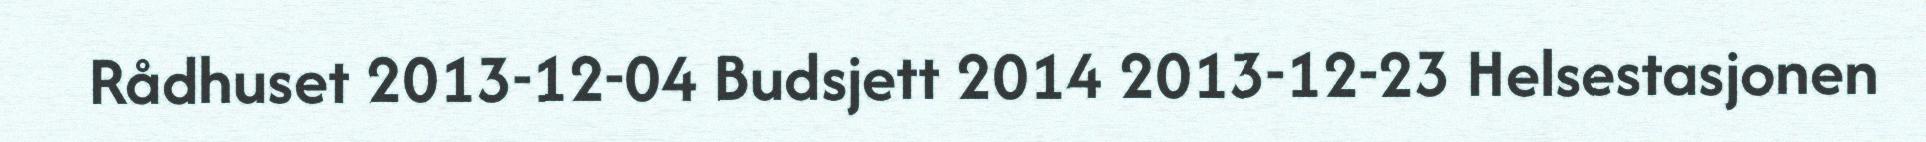
Rådhuset 2013-12-04 Budsjett 2014 2013-12-23 Helsestasjonen